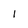
Character: 1